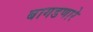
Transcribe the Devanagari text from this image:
बागडणारे